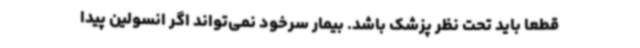
قطعا باید تحت نظر پزشک باشد. بیمار سرخود نمی‌تواند اگر انسولین پیدا